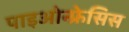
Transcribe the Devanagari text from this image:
पाइओन्फ्रेसिस